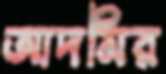
আদমির